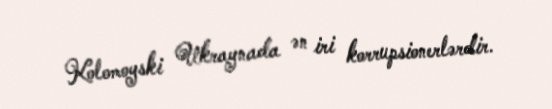
Kolomoyski Ukraynada ən iri korrupsionerlərdir.